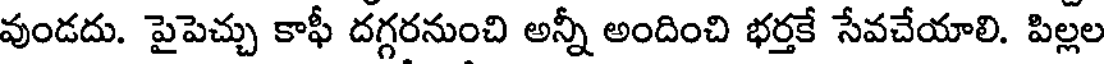
వుండదు. పైపెచ్చు కాఫీ దగ్గరనుంచి అన్నీ అందించి భర్తకే సేవచేయాలి. పిల్లల